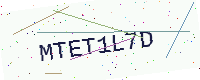
Text: MTET1L7D